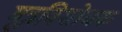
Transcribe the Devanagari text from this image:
मूत्रविशोधक